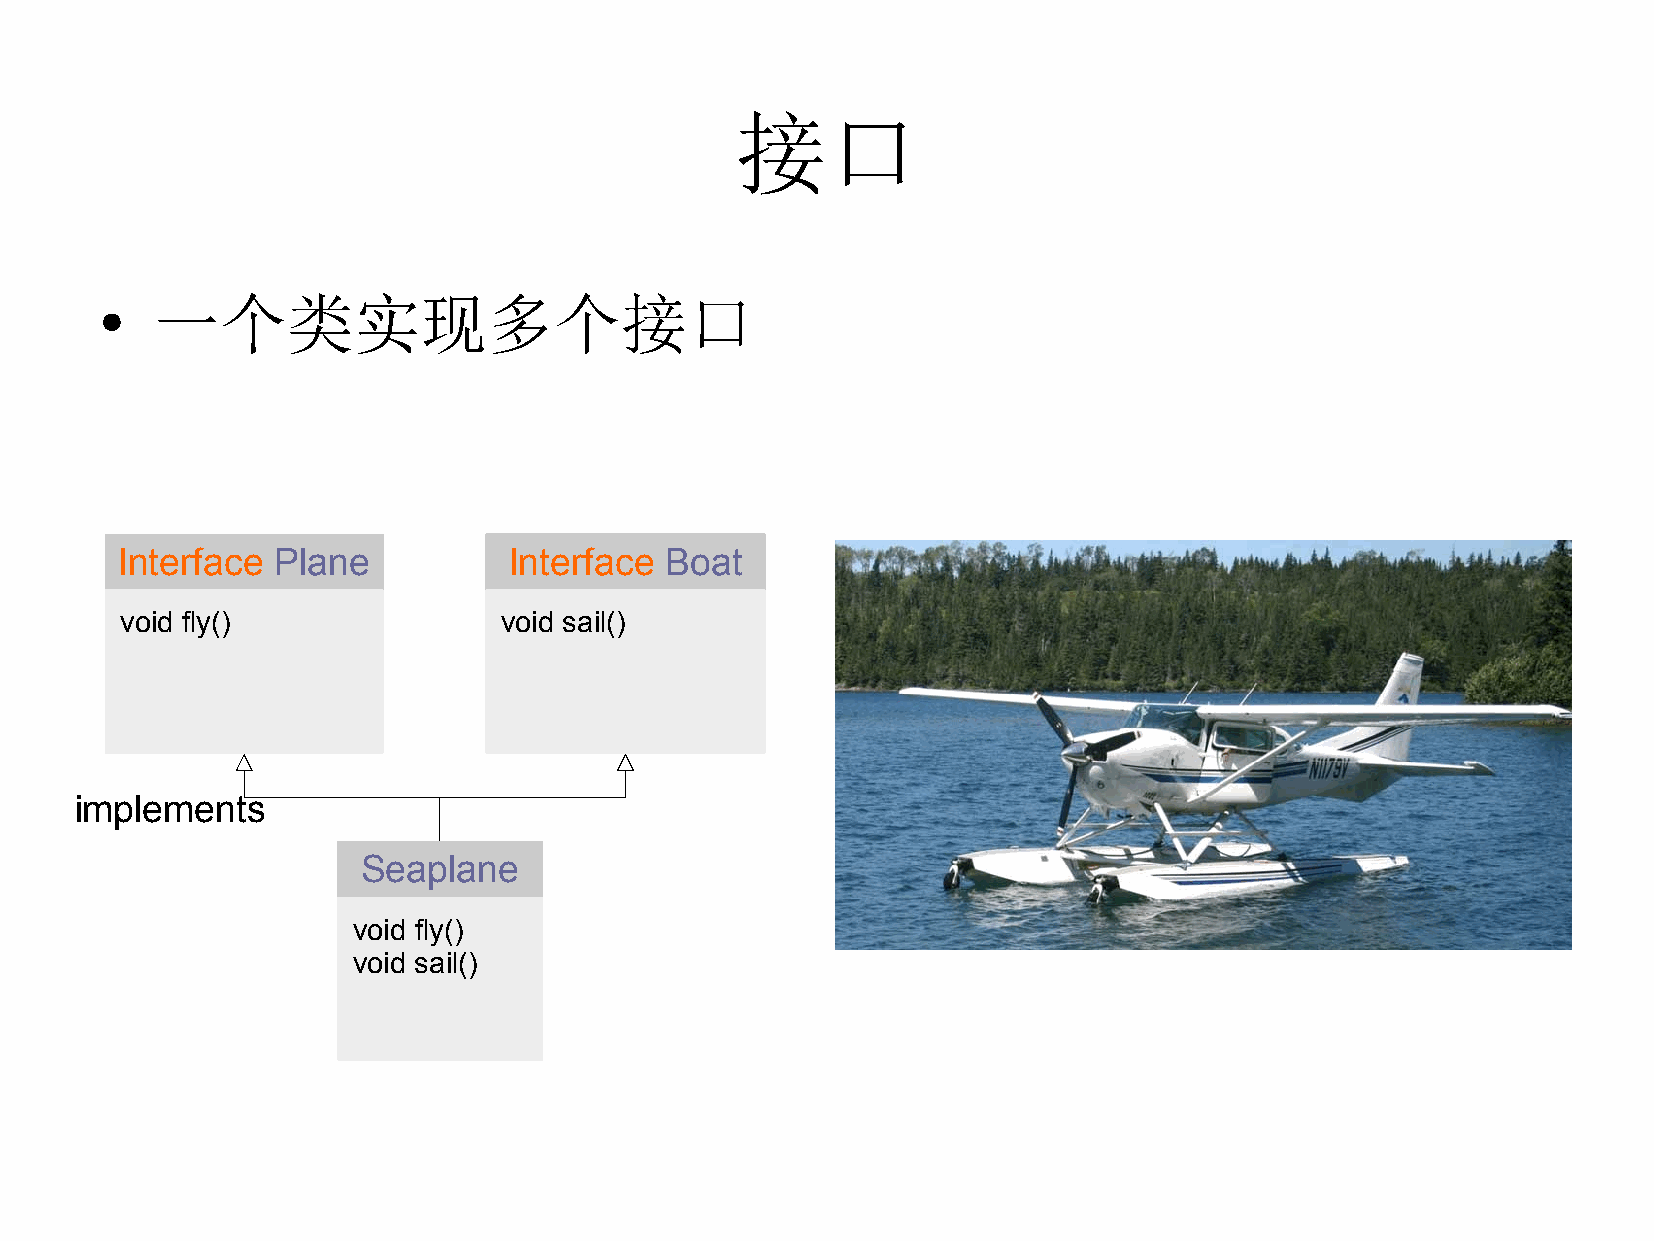
接口
 一个类实现多个接口
 ●
 Interface Plane           Interface Boat
 void fly()               void sail()
 implements
 Seaplane
 void fly()
 void sail()